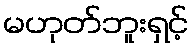
မဟုတ်ဘူးရှင့်